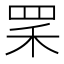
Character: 𦊜